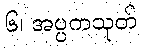
၆၊ အပ္ပကသုတ်